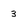
Character: 3